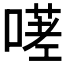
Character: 𭊋